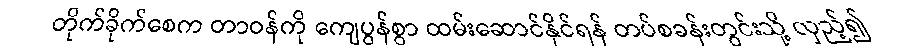
တိုက်ခိုက်စေက တာဝန်ကို ကျေပွန်စွာ ထမ်းဆောင်နိုင်ရန် တပ်စခန်းတွင်းသို့ လှည့်၍